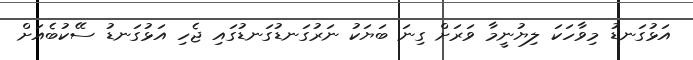
އަޅުގަނޑު މިވާހަކަ ލިޔުނީމާ ވަރަށް ގިނަ ބަޔަކު ނަރުގަނޑުގަނޑުގައި ޖެހި އަޅުގަނޑު ސޭކުބެއަށް